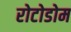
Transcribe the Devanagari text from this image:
रोटोडोम